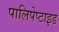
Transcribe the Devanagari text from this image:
पालिपेप्टाइड